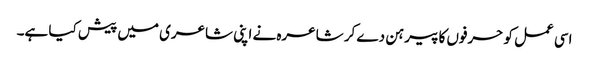
اسی عمل کو حرفوں کا پیرہن دے کر شاعرہ نے اپنی شاعری میں پیش کیا ہے۔